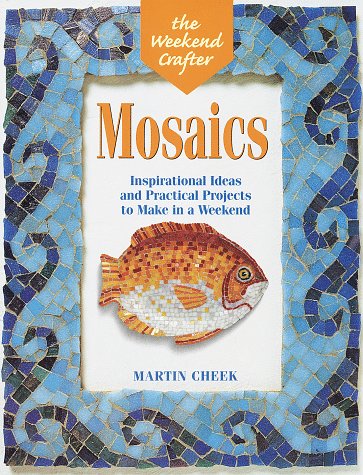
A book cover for The Weekend CrafterÂ®: Mosaics: Inspirational Ideas and Practical Projects for the Weekend; Martin Cheek; Arts & Photography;